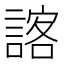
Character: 𮘨